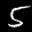
Label: 5